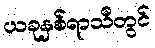
ယခုနှစ်ရာသီတွင်